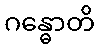
ဂန္ဓောတိ